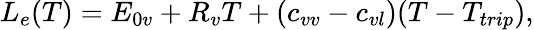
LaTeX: L_{e}(T)=E_{0v}+R_{v}T+(c_{vv}-c_{vl})(T-T_{trip}),